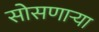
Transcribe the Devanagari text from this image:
सोसणाऱ्या